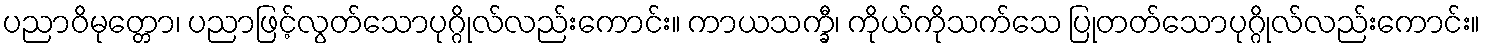
ပညာဝိမုတ္တော၊ ပညာဖြင့်လွတ်သောပုဂ္ဂိုလ်လည်းကောင်း။ ကာယသက္ခီ၊ ကိုယ်ကိုသက်သေ ပြုတတ်သောပုဂ္ဂိုလ်လည်းကောင်း။